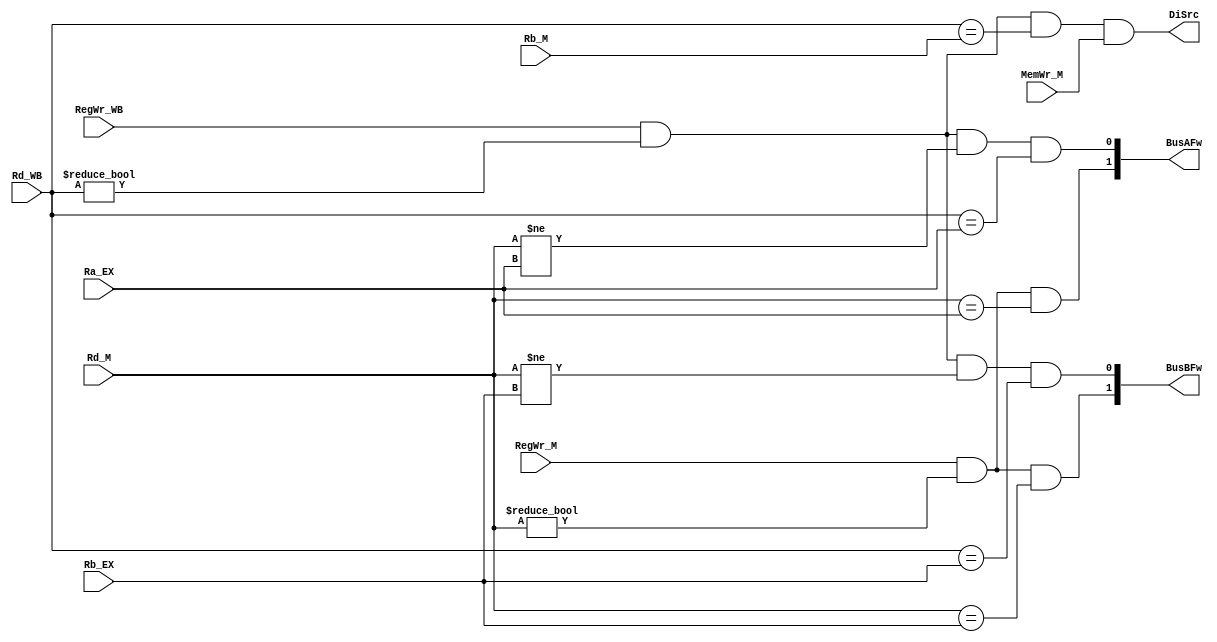
/* 

	ALU
	ALU
	LoadALU
*/
module ForwardUnit(
    input RegWr_M,
    input MemWr_M,
    input [4:0] Rd_M,
    
    input [4:0] Ra_EX,
    input [4:0] Rb_EX,
    input [4:0] Rb_M,
    input wire RegWr_WB,
    input wire [4:0] Rd_WB,
    
    output wire [1:0] BusAFw,
    output wire [1:0] BusBFw,
    output wire DiSrc
);

 //
assign BusAFw[1] = RegWr_M && (Rd_M != 5'b00000) && (Rd_M == Ra_EX);
assign BusBFw[1] = RegWr_M && (Rd_M != 5'b00000) && (Rd_M == Rb_EX);

//
assign BusAFw[0] = RegWr_WB && (Rd_WB != 5'b00000) && (Rd_M != Ra_EX) && (Rd_WB == Ra_EX);
assign BusBFw[0] = RegWr_WB && (Rd_WB != 5'b00000) && (Rd_M != Rb_EX) && (Rd_WB == Rb_EX);

// R - S
assign DiSrc = RegWr_WB && (Rd_WB != 5'b00000) && (Rd_WB == Rb_M) && MemWr_M;




endmodule